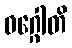
ဝဂ္ဂေါတိ